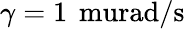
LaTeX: \gamma=1\, \mathrm{\ murad/s}